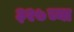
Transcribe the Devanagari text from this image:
३२७च्या